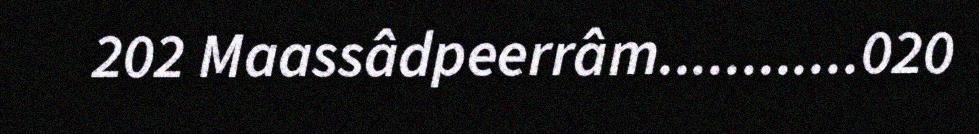
202 Maassâdpeerrâm............020